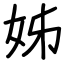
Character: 姊